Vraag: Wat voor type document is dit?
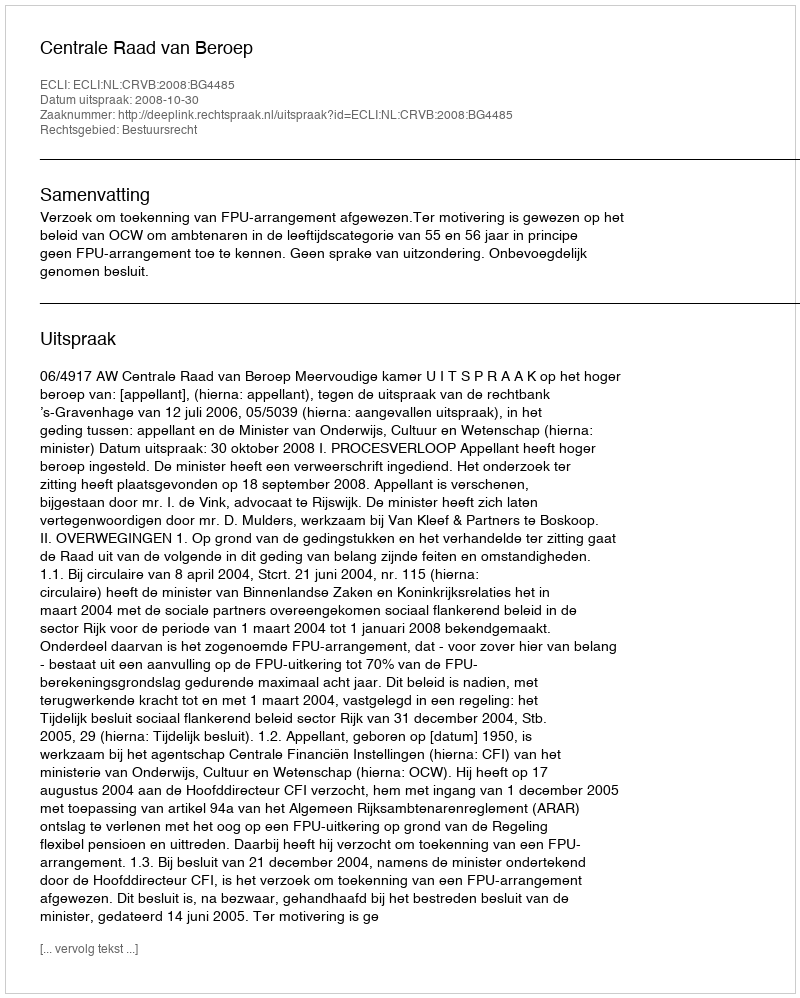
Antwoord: Uitspraak